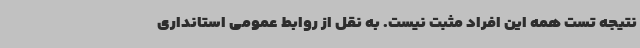
نتیجه تست همه این افراد مثبت نیست. به نقل از روابط عمومی استانداری